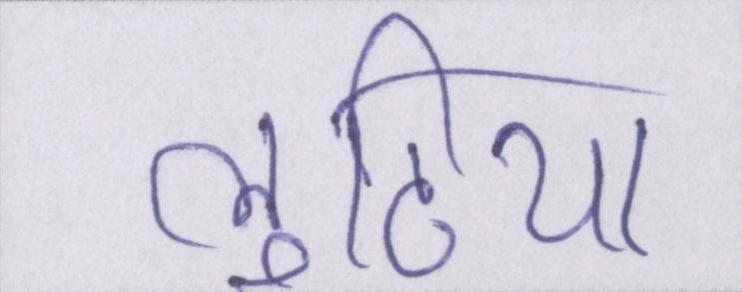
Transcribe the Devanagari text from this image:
लुटिया